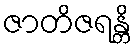
ဇာတိဇရန္တိ